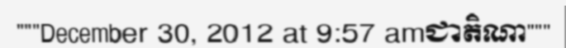
"""December 30, 2012 at 9:57 amជាតិណា"""